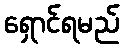
ရှောင်ရမည်